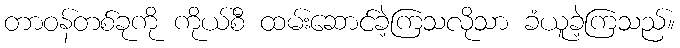
တာဝန်တစ်ခုကို ကိုယ်စီ ထမ်းဆောင်ခဲ့ကြသလိုသာ ခံယူခဲ့ကြသည်။